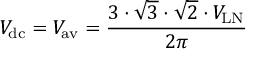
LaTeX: V _ { \mathrm { d c } } = V _ { \mathrm { a v } } = { \frac { 3 \cdot { \sqrt { 3 } } \cdot { \sqrt { 2 } } \cdot V _ { \mathrm { L N } } } { 2 \pi } }